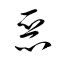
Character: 惡